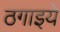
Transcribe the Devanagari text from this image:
ठगाइये